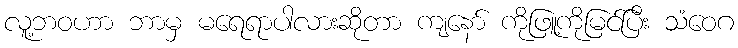
လူ့ဘဝဟာ ဘာမှ မရေရာပါလားဆိုတာ ကျနော် ကိုဖြူ့ကိုမြင်ပြီး သံဝေဂ